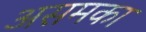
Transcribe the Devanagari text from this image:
असमका